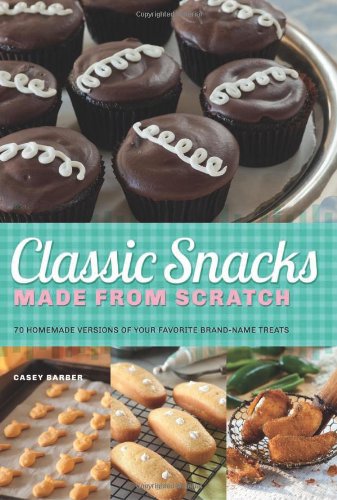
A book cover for Classic Snacks Made from Scratch: 70 Homemade Versions of Your Favorite Brand-Name Treats; Casey Barber; Cookbooks, Food & Wine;